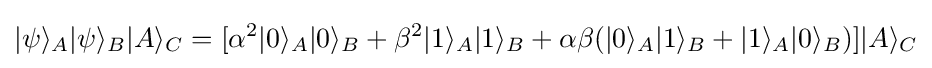
|\psi \rangle _{A}|\psi \rangle _{B}|A\rangle _{C}=[\alpha ^{2}|0\rangle _{A}|0\rangle _{B}+\beta ^{2}|1\rangle _{A}|1\rangle _{B}+\alpha \beta (|0\rangle _{A}|1\rangle _{B}+|1\rangle _{A}|0\rangle _{B})]|A\rangle _{C}